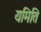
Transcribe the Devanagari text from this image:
यमिति